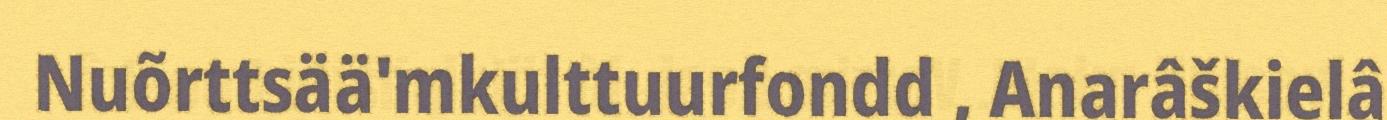
Nuõrttsää'mkulttuurfondd , Anarâškielâ